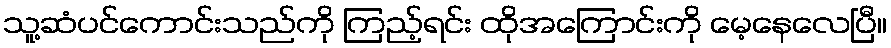
သူ့ဆံပင်ကောင်းသည်ကို ကြည့်ရင်း ထိုအကြောင်းကို မေ့နေလေပြီ။